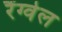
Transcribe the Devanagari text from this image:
रैंग्वेल